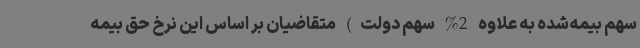
سهم بیمه‌شده به علاوه 2% سهم دولت) متقاضیان بر اساس این نرخ حق بیمه